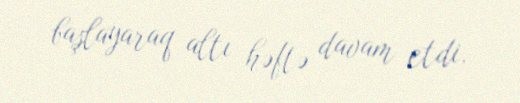
başlayaraq altı həftə davam etdi.